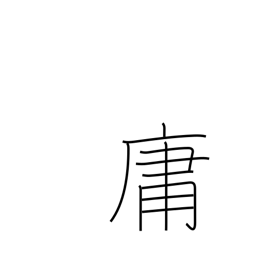
Meaning: commonplace